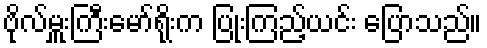
ဗိုလ်မှူးကြီးမော်ရိုးက ပြုံးကြည့်ယင်း ပြောသည်။